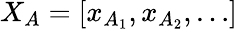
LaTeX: X_{A}=[x_{A_{1}},x_{A_{2}},\ldots]